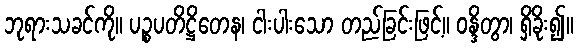
ဘုရားသခင်ကို။ ပဉ္စပတိဋ္ဌိတေန၊ ငါးပါးသော တည်ခြင်းဖြင့်။ ဝန္ဒိတွာ၊ ရှိခိုး၍။